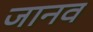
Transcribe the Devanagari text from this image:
जानव